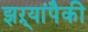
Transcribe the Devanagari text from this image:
झऱ्यांपैकी